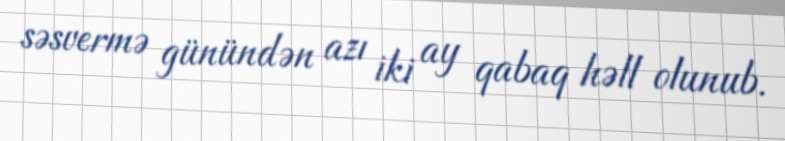
səsvermə günündən azı iki ay qabaq həll olunub.